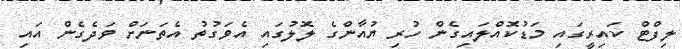
ލިފްޓް ކައިރީގައި މަޑުކޮއްލައިގެން ހުރި ޔުއާންގެ ލޮލުގައި އެވަގުތު އެތަނަށް ވަދެގެން އައި